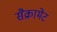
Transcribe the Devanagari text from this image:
सैक्रामेंट